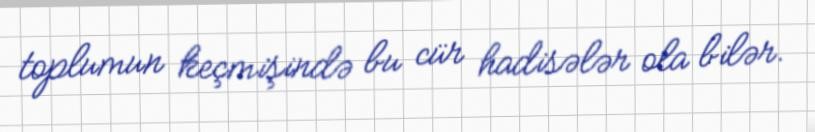
toplumun keçmişində bu cür hadisələr ola bilər.